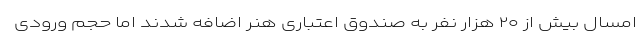
امسال بیش از ۲۰ هزار نفر به صندوق اعتباری هنر اضافه شدند اما حجم ورودی